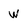
Character: W